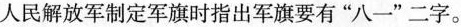
人民解放军制定军旗时指出军旗要有”八一”二字。